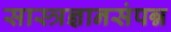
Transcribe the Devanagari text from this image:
सास्त्रज्ञानसंपन्न